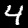
Label: 4